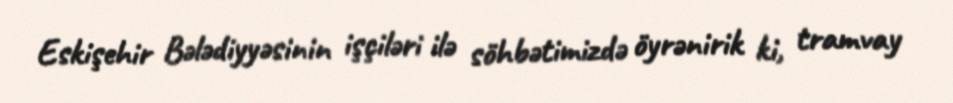
Eskişehir Bələdiyyəsinin işçiləri ilə söhbətimizdə öyrənirik ki, tramvay